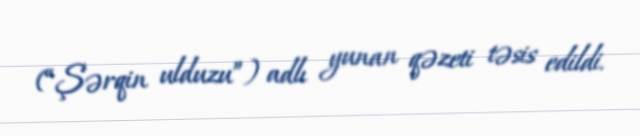
(“Şərqin ulduzu”) adlı yunan qəzeti təsis edildi.